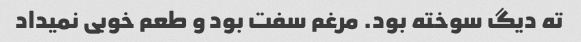
ته دیگ سوخته بود. مرغم سفت بود و طعم خوبی نمیداد